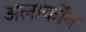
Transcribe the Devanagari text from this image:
अलार्कोंन